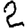
Digit: 2